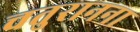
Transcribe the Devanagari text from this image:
चतुरानना